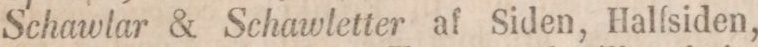
Schawlar & Schawletter af Siden, Halfsiden,